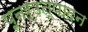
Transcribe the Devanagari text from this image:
पूनर्उत्पादन